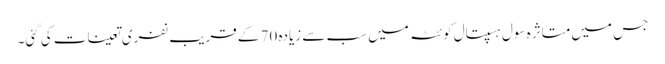
جس میں متاثرہ سول ہسپتال کوئٹہ میں سب سے زیادہ 70 کے قریب نفری تعینات کی گئی۔